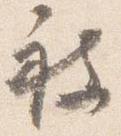
被